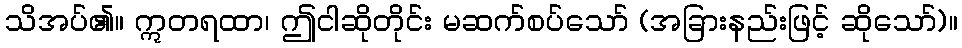
သိအပ်၏။ ဣတရထာ၊ ဤငါဆိုတိုင်း မဆက်စပ်သော် (အခြားနည်းဖြင့် ဆိုသော်)။